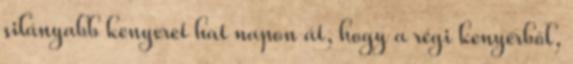
silányabb kenyeret hat napon át, hogy a régi kenyérből,